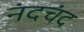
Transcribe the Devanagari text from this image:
नंदचंद